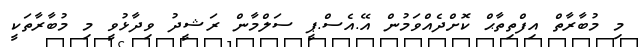
މި މުބާރާތް އިފްތިތާޙް ކޮށްދެއްވަމުން އޭ.އެސް.ޕީ ސަލްމާން ރަޝީދު ވިދާޅުވީ މި މުބާރާތަކީ